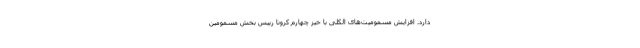
دارد. افزایش مسمومیت‌های الکلی با خیز چهارم کرونا رییس بخش مسمومین